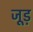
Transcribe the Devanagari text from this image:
जूड़